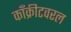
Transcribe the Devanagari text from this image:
काँक्रीटवरल